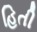
હિતી